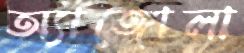
অ্যাঙ্গোলা